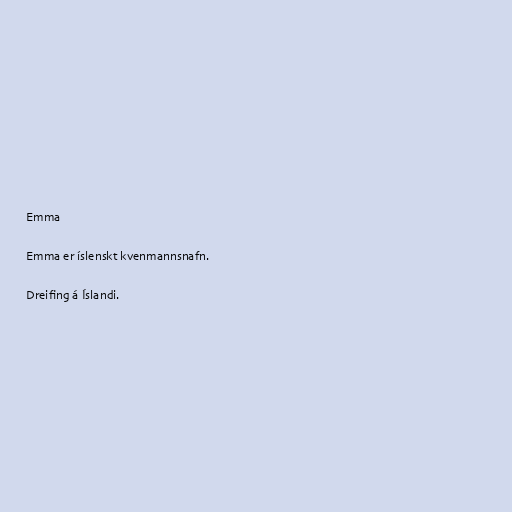
Emma

Emma er íslenskt kvenmannsnafn.

Dreifing á Íslandi.